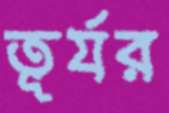
তূর্যর